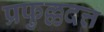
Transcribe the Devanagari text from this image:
प्रफुल्लदत्त